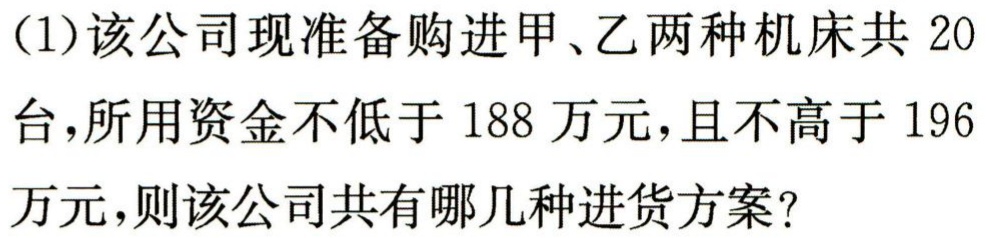
(1)该公司现准备购进甲、乙两种机床共$20$台，所用资金不低于$188$万元，且不高于$196$万元，则该公司共有哪几种进货方案？